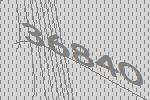
36840